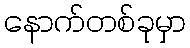
နောက်တစ်ခုမှာ